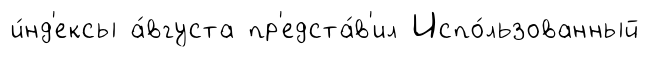
и́нд'ексы а́вгуста пр'едста́в'ил Испо́льзованный